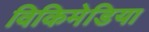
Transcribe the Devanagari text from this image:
विकिमेडिया